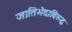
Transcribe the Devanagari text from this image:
जातिभेदाविरुद्ध